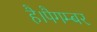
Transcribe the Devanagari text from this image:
है।पैगम्बर